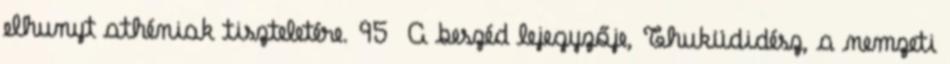
elhunyt athéniak tiszteletére. 95 A beszéd lejegyzője, Thuküdidész, a nemzeti